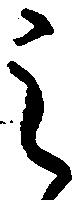
之